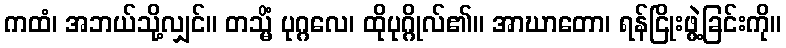
ကထံ၊ အဘယ်သို့လျှင်။ တသ္မိံ ပုဂ္ဂလေ၊ ထိုပုဂ္ဂိုလ်၏။ အာဃာတော၊ ရန်ငြိုးဖွဲ့ခြင်းကို။